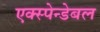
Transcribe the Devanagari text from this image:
एक्स्पेन्डेबल